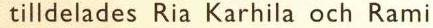
tilldelades Ria Karhila och Rami